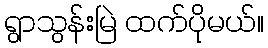
ရွာသွန်းမြဲ ထက်ပိုမယ်။